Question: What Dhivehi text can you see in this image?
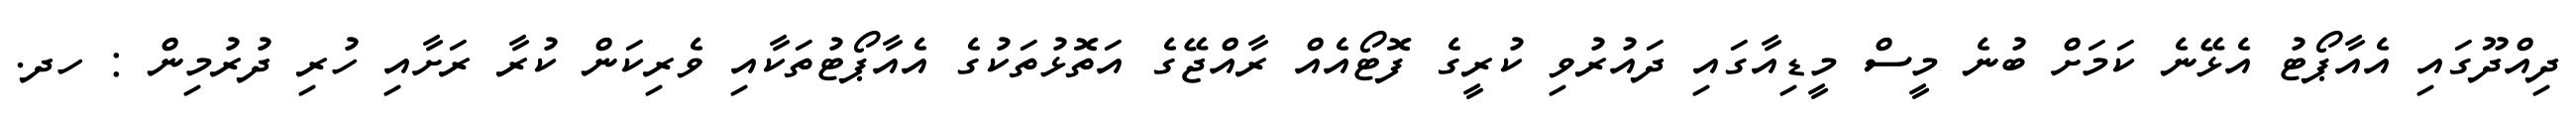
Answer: ދިއްދޫގައި އެއާޕޯޓު އެޅޭނެ ކަމަށް ބުނެ މީސް މީޑިއާގައި ދައުރުވި ކުރީގެ ފޮޓޯއެއް ރާއްޖޭގެ އަތޮޅުތަކުގެ އެއާޕޯޓުތަކާއި ވެރިކަން ކުރާ ރަށާއި ހުރި ދުރުމިން : ހދ.